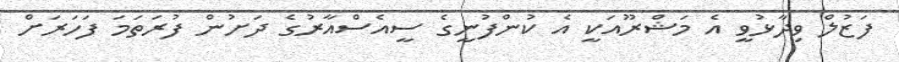
ފަޒުލް ވިދާޅުވީ އެ މަޝްރޫއަކީ އެ ކުންފުނީގެ ސީއެސްއާރުގެ ދަށުން ފުރަތަމަ ފަހަރަށް